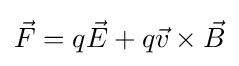
{\vec {F}}=q{\vec {E}}+q{\vec {v}}\times {\vec {B}}